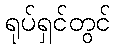
ရုပ်ရှင်တွင်